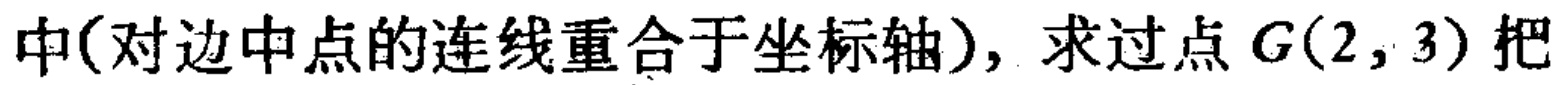
中(对边中点的连线重合于坐标轴)，求过点 \(G(2,3)\) 把